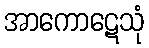
အာကောဋေသုံ